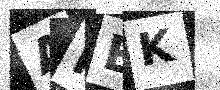
Text: AREK